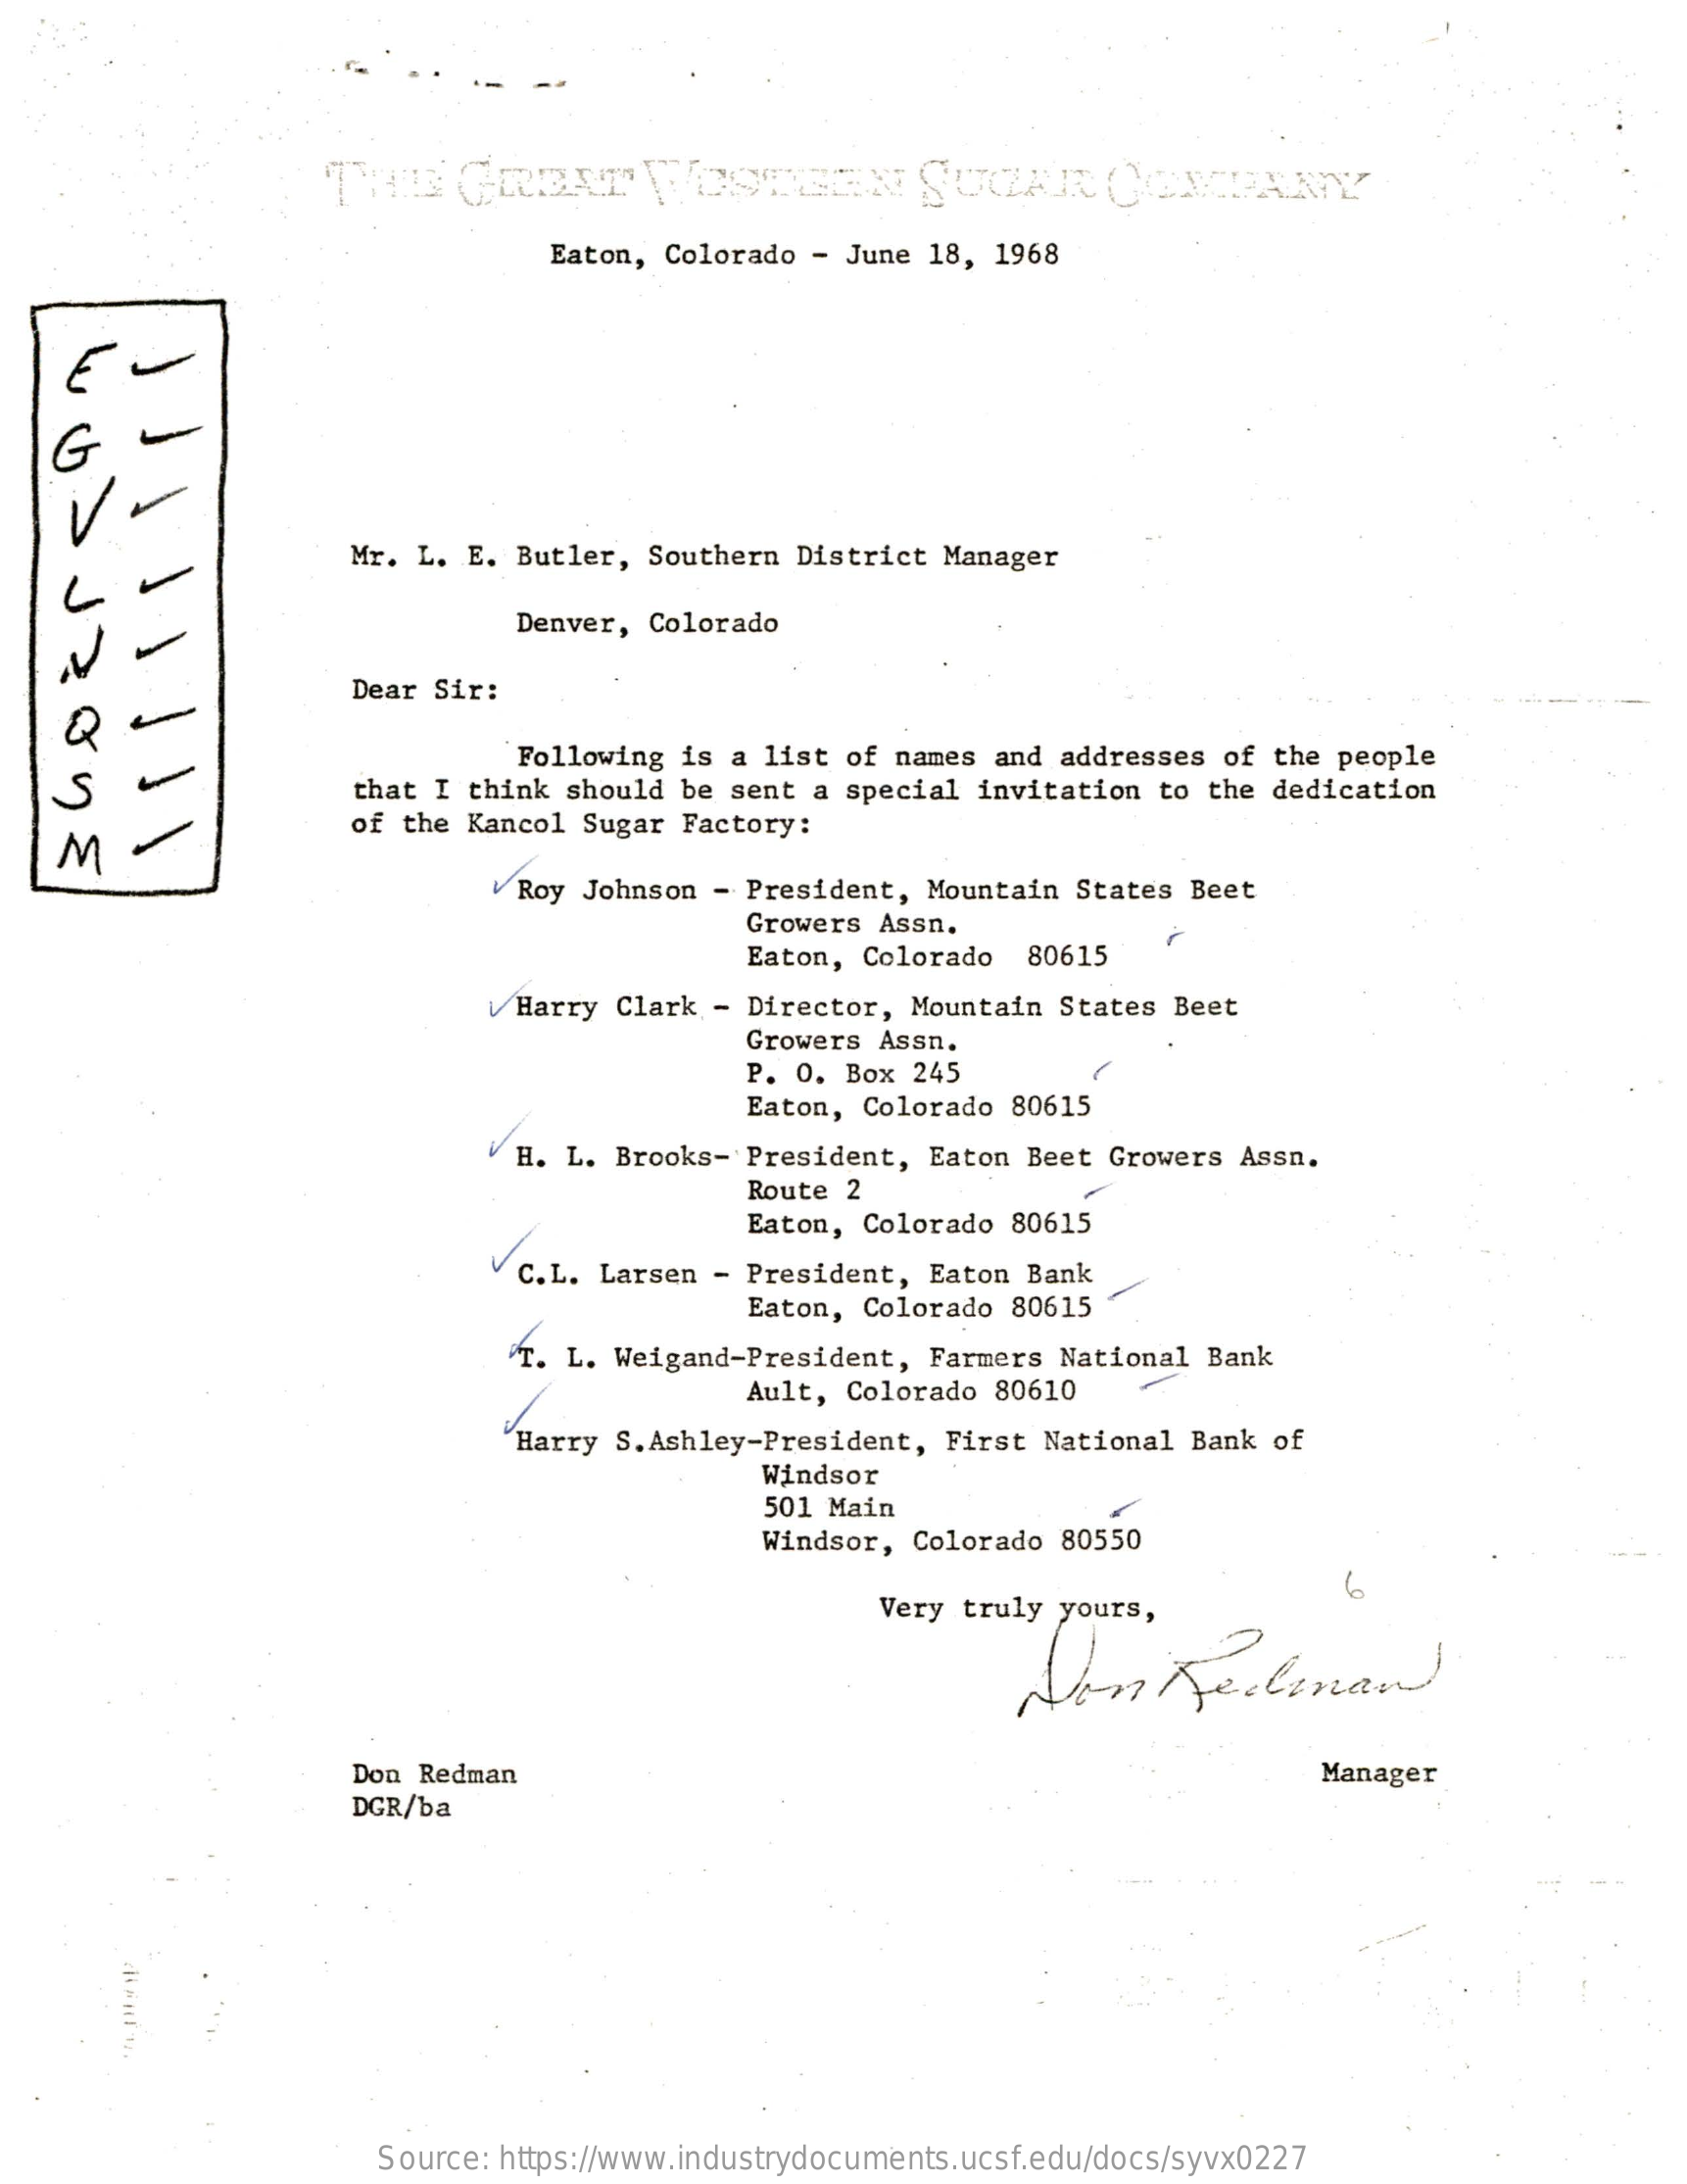
THE    GREAT    WOSTEEN    SUCAR    COMPANY
     Eaton, Colorado  - June 18, 1968
   G    -
     Mr. L.  E. Butler, Southern  District Manager
     Denver, Colorado
     Dear Sir:
   S
     Following is a list  of names and addresses  of the people
     that I think should be sent  a special invitation  to the dedication
    M
     of the Kancol Sugar Factory:
     Roy Johnson - President,  Mountain States  Beet
     Growers Assn.
     Eaton, Colorado  80615
     Harry Clark - Director,  Mountain States Beet
     Growers Assn.
     P. O. Box 245
     Eaton, Colorado 80615
     H. L. Brooks- President,  Eaton Beet Growers  Assn.
     Route 2
     Eaton, Colorado 80615
     C.L. Larsen - President,  Eaton Bank
     Eaton, Colorado 80615
     T. L. Weigand-President,  Farmers National  Bank
     Ault, Colorado 80610
     Harry S. Ashley-President, First National  Bank of
     Windsor
     501 Main
     Windsor, Colorado 80550
     Very truly yours,
     6
     Non    Realenand
     Don Redman    Manager
     DGR/ba
     Source: https://www.industrydocuments.ucsf.edu/docs/syvx0227